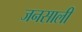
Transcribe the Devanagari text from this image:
जनसाली